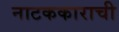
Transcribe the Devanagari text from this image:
नाटककाराची